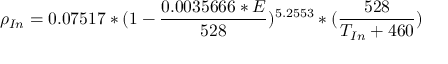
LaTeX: \rho _ { I n } = 0 . 0 7 5 1 7 * ( 1 - { \frac { 0 . 0 0 3 5 6 6 6 * E } { 5 2 8 } } ) ^ { 5 . 2 5 5 3 } * ( { \frac { 5 2 8 } { T _ { I n } + 4 6 0 } } ) \,